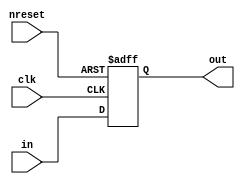
module ohr_reg0 #(parameter DW = 1            // data width
		  ) 
   ( input           nreset, //async active low reset
     input 	     clk, // clk, latch when clk=0
     input [DW-1:0]  in, // input data
     output [DW-1:0] out  // output data (stable/latched when clk=1)
     );

`ifdef CFG_ASIC
   asic_reg0 ireg [DW-1:0] (.nreset(nreset),
			    .clk(clk),
			    .in(in[DW-1:0]),
			    .out(out[DW-1:0]));
`else
   reg [DW-1:0]      out_reg;	   
   always @ (negedge clk or negedge nreset)
     if(~nreset)
       out_reg[DW-1:0] <= 'b0;
     else	      
       out_reg[DW-1:0] <= in[DW-1:0];
   assign out[DW-1:0] = out_reg[DW-1:0];	 
`endif

endmodule